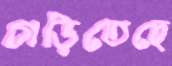
গড়িতেছে